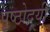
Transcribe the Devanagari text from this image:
पृष्ठोदयी